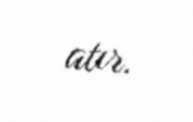
atır.